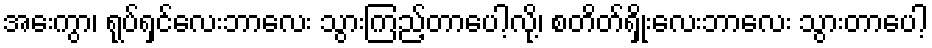
အေးကွာ၊ ရုပ်ရှင်လေးဘာလေး သွားကြည့်တာပေါ့လို့၊ စတိတ်ရှိုးလေးဘာလေး သွားတာပေါ့